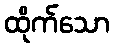
ထိုက်သော